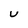
Character: U